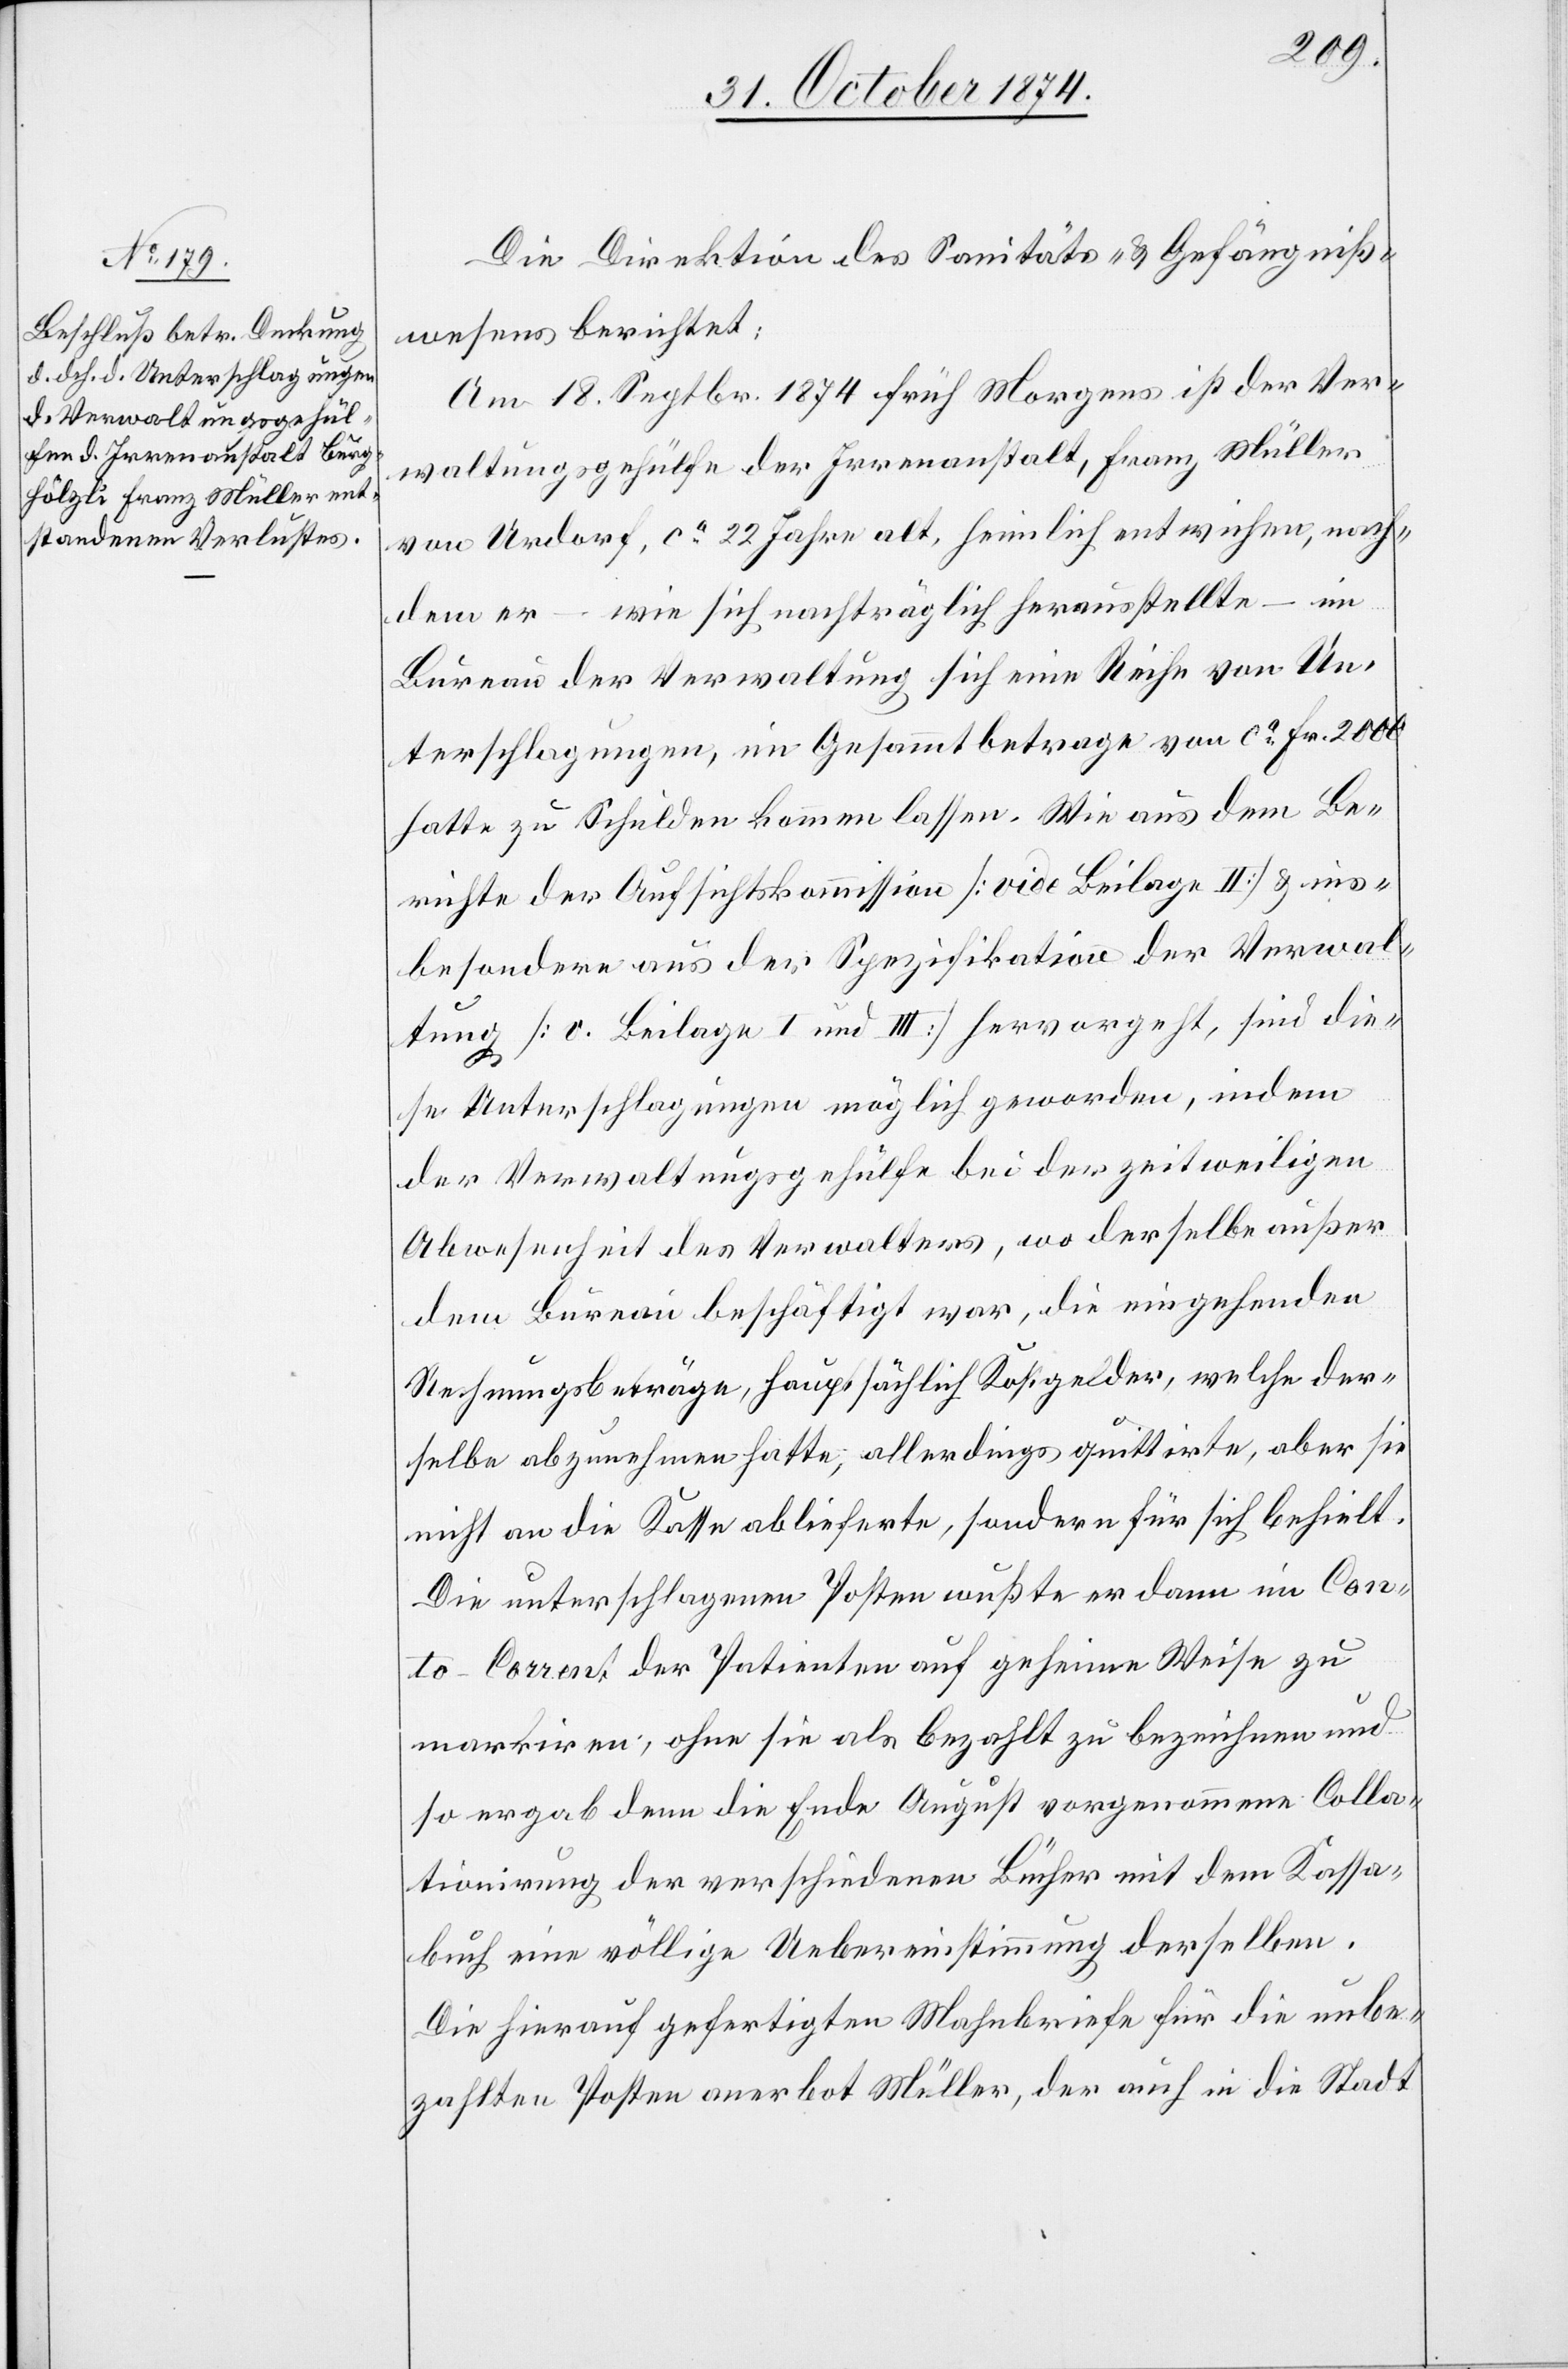
Die Direktion des Sanitäts- & Gefängniß¬
wesens berichtet:
Am 18. Septbr. 1874 früh Morgens ist der Ver¬
waltungsgehülfe der Irrenanstalt, Franz Müller
von Urdorf, ca 22 Jahre alt, heimlich entwichen, nach¬
dem er – wie sich nachträglich herausstellte – im
Bureau der Verwaltung sich eine Reihe von Un¬
terschlagungen, im Gesammtbetrage von ca Fr. 2000
hatte zu Schulden kommen lassen. Wie aus dem Be¬
richte der Aufsichtskommission [vide Beilage II] & ins¬
besondere aus der Spezifikation der Verwal¬
tung [v. Beilage I und III] hervorgeht, sin die¬
se Unterschlagungen möglich geworden, indem
der Verwaltungsgehülfe bei der zeitweiligen
Abwesenheit des Verwalters, wo derselbe außer
dem Bureau beschäftigt war, die eingehenden
Rechnungsbeträge, hauptsächlich Kostgelder, welche der¬
selbe abzunehmen hatte, allerdings quittirte, aber sie
nicht an die Kasse ablieferte, sondern für sich behielt.
Die unterschlagenen Posten wußte er dann im Con¬
to-Couvert der Patienten auf geheime Weise zu
markiren, ohne sie als bezahlt zu bezeichnen und
so ergab denn die Ende August vorgenommene Colla¬
tionirung der verschiedenen Bücher mit dem Kassa¬
buch eine völlige Uebereinstimmung derselben.
Die hierauf gefertigten Mahnbriefe für die unbe¬
zahlten Posten anerbot Müller, der auch in die Stadt